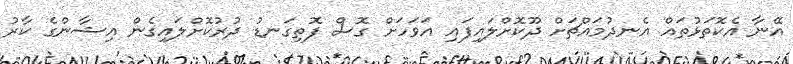
އޭނާ އެކޮތަޅުތައް އެނދުމައްޗަށް ދޫކޮށްލައިފައި އަވަހަށް ގޮސް ފޮތިގަނޑު ދުރުކޮށްލައިގެން އިޝާންގެ ކާރު